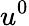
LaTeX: u^{0}